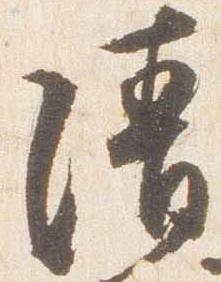
清